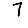
Digit: 7